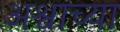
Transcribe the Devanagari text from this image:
अश्वाच्या